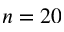
n = 2 0